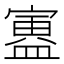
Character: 𫴃